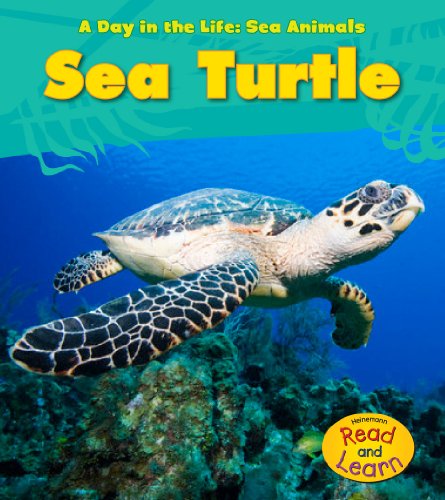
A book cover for Sea Turtle (A Day in the Life: Sea Animals); Louise Spilsbury; Children's Books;